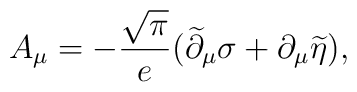
A_\mu  =  -{\sqrt{\pi}\over   e}(\widetilde\partial_\mu\sigma   +\partial_\mu\widetilde\eta),